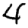
Digit: 4